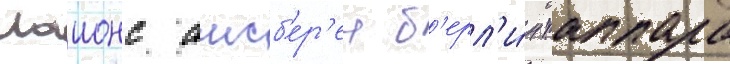
лаионс аисб'ер'ен б'ерл'и́н таппара